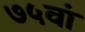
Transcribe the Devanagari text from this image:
७५वां